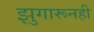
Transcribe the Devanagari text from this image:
झुगारूनही